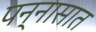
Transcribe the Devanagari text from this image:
पन्‍नासात